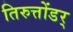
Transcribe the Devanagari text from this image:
तिरुत्तोंडर्